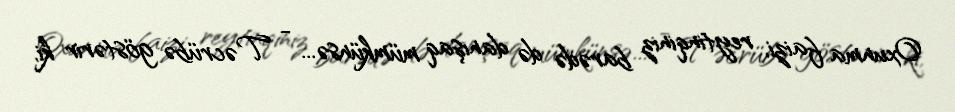
Oxunma faizi, reytinqiniz barədə də danışaq mümkünsə... - Təcrübə göstərir ki,